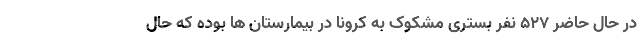
در حال حاضر ۵۲۷ نفر بستری مشکوک به کرونا در بیمارستان ها بوده که حال